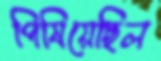
পিষিয়েছিল